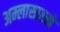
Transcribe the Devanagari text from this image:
अम्लासारखे